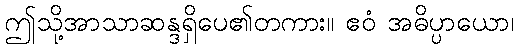
ဤသို့အာသာဆန္ဒရှိပေ၏တကား။ ဧဝံ အဓိပ္ပာယော၊